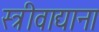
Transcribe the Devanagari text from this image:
स्त्रीवाद्याना